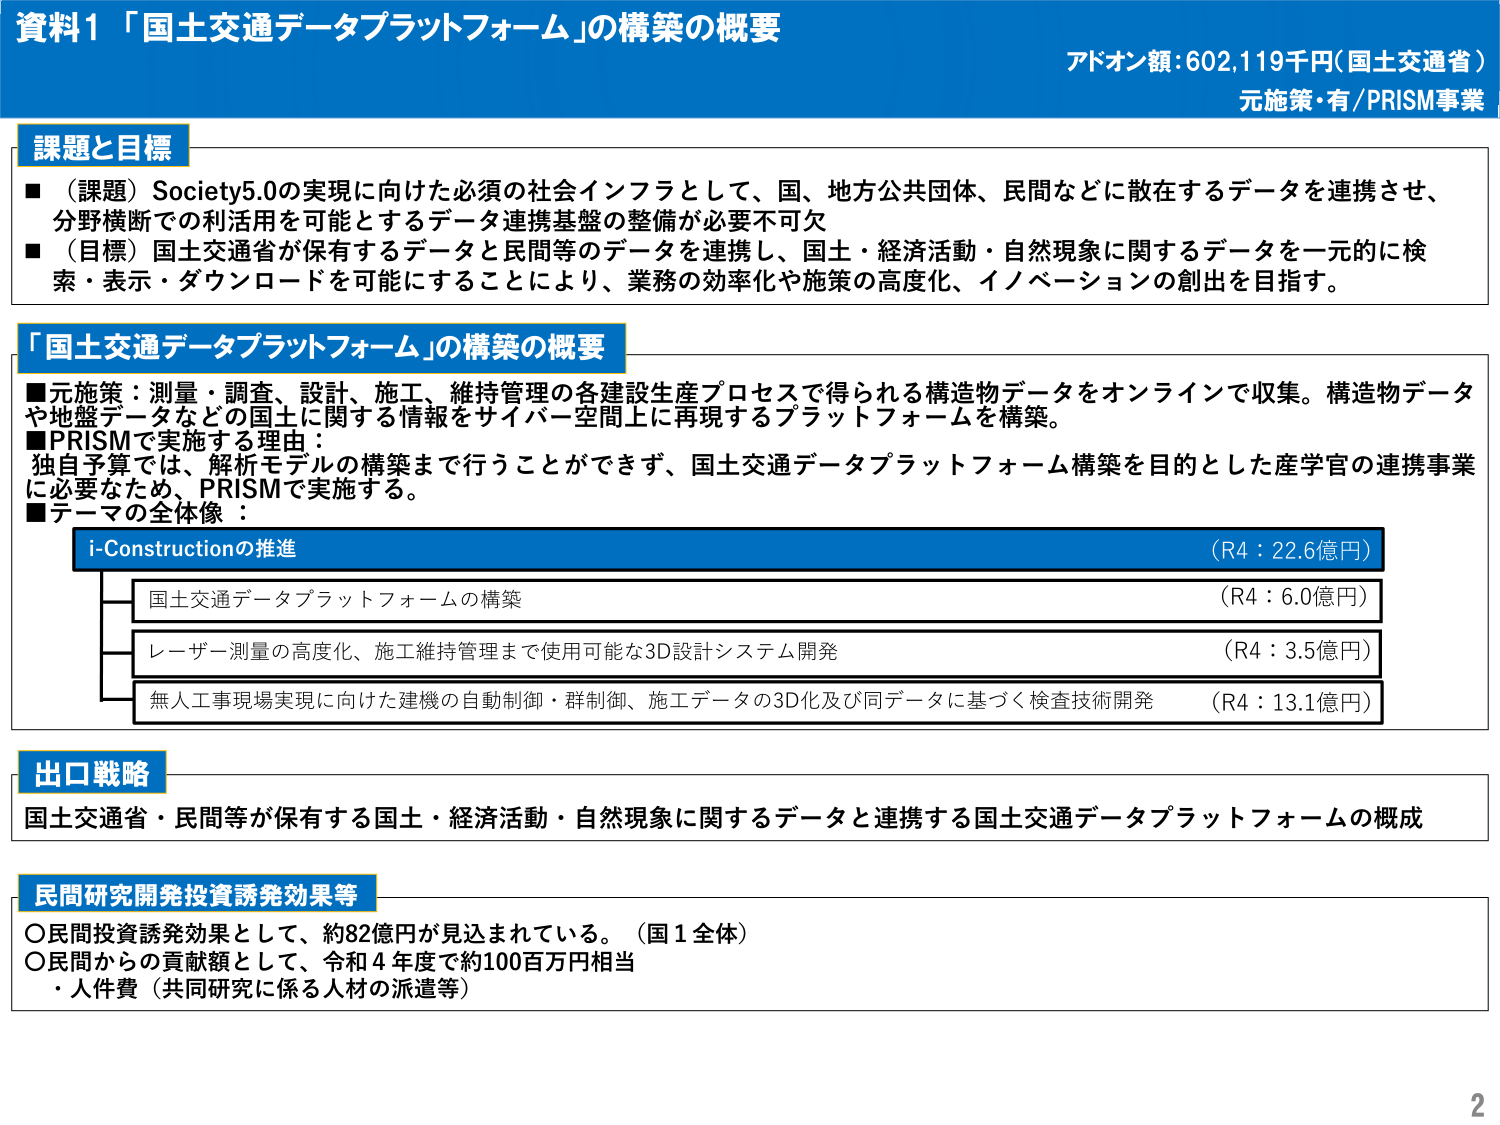
資料1 「国土交通データプラットフォーム」の構築の概要
アドオン額：602,119千円（国土交通省）
元施策・有/PRISM事業

課題と目標
■（課題）Society5.0の実現に向けた必須の社会インフラとして、国、地方公共団体、民間などに散在するデータを連携させ、分野横断での利活用を可能とするデータ連携基盤の整備が必要不可欠
■（目標）国土交通省が保有するデータと民間等のデータを連携し、国土・経済活動・自然現象に関するデータを一元的に検索・表示・ダウンロードを可能にすることにより、業務の効率化や施策の高度化、イノベーションの創出を目指す。

「国土交通データプラットフォーム」の構築の概要
■元施策：測量・調査、設計、施工、維持管理の各建設生産プロセスで得られる構造物データをオンラインで収集。構造物データや地盤データなどの国土に関する情報をサイバー空間上に再現するプラットフォームを構築。
■PRISMで実施する理由：
独自予算では、解析モデルの構築まで行うことができず、国土交通データプラットフォーム構築を目的とした産学官の連携事業に必要なため、PRISMで実施する。
■テーマの全体像：
　i-Constructionの推進　（R4：22.6億円）
　　－国土交通データプラットフォームの構築　（R4：6.0億円）
　　－レーザー測量の高度化、施工維持管理まで使用可能な3D設計システム開発　（R4：3.5億円）
　　－無人工事現場実現に向けた建機の自動制御・群制御、施工データの3D化及び同データに基づく検査技術開発　（R4：13.1億円）

出口戦略
国土交通省・民間等が保有する国土・経済活動・自然現象に関するデータと連携する国土交通データプラットフォームの概成

民間研究開発投資誘発効果等
○民間投資誘発効果として、約82億円が見込まれている。（国1全体）
○民間からの貢献額として、令和4年度で約100百万円相当
　・人件費（共同研究に係る人材の派遣等）

2